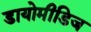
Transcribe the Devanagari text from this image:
डायोमीडिज